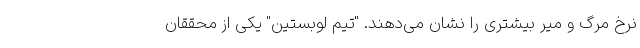
نرخ مرگ و میر بیشتری را نشان می‌دهند. "تیم لوبستین" یکی از محققان